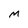
Character: M